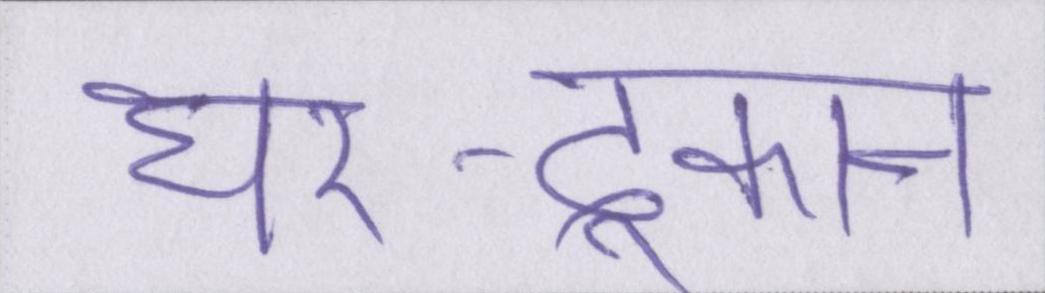
घर-दूकान